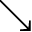
\searrow